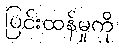
ပြင်းထန်မှုကို